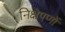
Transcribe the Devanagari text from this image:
निक्षेपणों